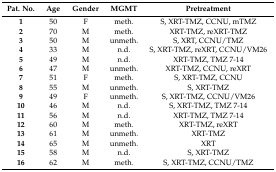
<table><thead><tr><td><b>Pat. No.</b></td><td><b>Age</b></td><td><b>Gender</b></td><td><b>MGMT</b></td><td><b>Pretreatment</b></td></tr></thead><tbody><tr><td><b>1</b></td><td>50</td><td>F</td><td>meth.</td><td>S, XRT-TMZ, CCNU, mTMZ</td></tr><tr><td><b>2</b></td><td>70</td><td>M</td><td>meth.</td><td>XRT-TMZ, reXRT-TMZ</td></tr><tr><td><b>3</b></td><td>50</td><td>M</td><td>unmeth.</td><td>S, XRT, CCNU/TMZ</td></tr><tr><td><b>4</b></td><td>33</td><td>M</td><td>n.d.</td><td>S, XRT-TMZ, reXRT, CCNU/VM26</td></tr><tr><td><b>5</b></td><td>49</td><td>M</td><td>n.d.</td><td>XRT-TMZ, TMZ 7-14</td></tr><tr><td><b>6</b></td><td>47</td><td>M</td><td>unmeth.</td><td>XRT-TMZ, CCNU, reXRT</td></tr><tr><td><b>7</b></td><td>51</td><td>F</td><td>meth.</td><td>S, XRT-TMZ, CCNU</td></tr><tr><td><b>8</b></td><td>55</td><td>M</td><td>unmeth.</td><td>S, XRT-TMZ</td></tr><tr><td><b>9</b></td><td>49</td><td>F</td><td>unmeth.</td><td>S, XRT-TMZ, CCNU/VM26</td></tr><tr><td><b>10</b></td><td>46</td><td>M</td><td>n.d.</td><td>S, XRT-TMZ, TMZ 7-14</td></tr><tr><td><b>11</b></td><td>56</td><td>M</td><td>n.d.</td><td>XRT-TMZ, TMZ 7-14</td></tr><tr><td><b>12</b></td><td>60</td><td>M</td><td>meth.</td><td>XRT-TMZ, reXRT</td></tr><tr><td><b>13</b></td><td>61</td><td>M</td><td>unmeth.</td><td>XRT-TMZ</td></tr><tr><td><b>14</b></td><td>65</td><td>M</td><td>unmeth.</td><td>XRT</td></tr><tr><td><b>15</b></td><td>58</td><td>M</td><td>n.d.</td><td>S, XRT-TMZ</td></tr><tr><td><b>16</b></td><td>62</td><td>M</td><td>meth.</td><td>S, XRT-TMZ, CCNU/TMZ</td></tr></tbody></table>